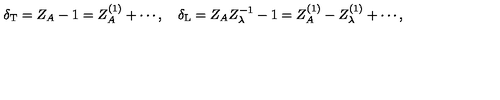
\delta _ { \mathrm { T } } = Z _ { A } - 1 = Z _ { A } ^ { ( 1 ) } + \cdots , \quad \delta _ { \mathrm { L } } = Z _ { A } Z _ { \lambda } ^ { - 1 } - 1 = Z _ { A } ^ { ( 1 ) } - Z _ { \lambda } ^ { ( 1 ) } + \cdots ,